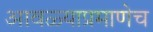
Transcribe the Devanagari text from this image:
आवळ्याप्रमाणेच